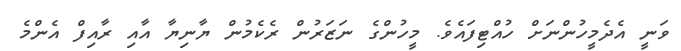
ވަނީ އެދެމީހުންނަށް ހުއްޓިފައެވެ. މީހުންގެ ނަޒަރުން ރެކެމުން ޔާނިޔާ އާއި ރާއިފް އެންމެ